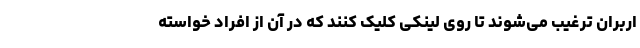
اربران ترغیب می‌شوند تا روی لینکی کلیک کنند که در آن از افراد خواسته